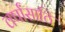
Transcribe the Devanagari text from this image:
वर्षांसाठि